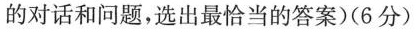
的对话和问题,选出最恰当的答案)(6分)